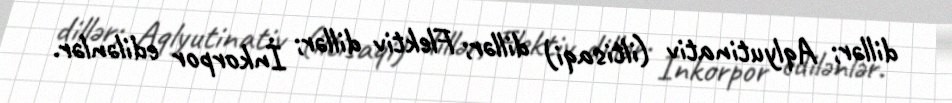
dillər; Aqlyutinativ (iltisaqi) dillər; Flektiv dillər; İnkorpor edilənlər.